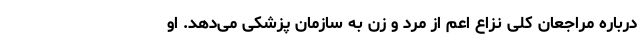
درباره مراجعان کلی نزاع اعم از مرد و زن به سازمان پزشکی می‌دهد. او